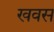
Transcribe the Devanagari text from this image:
खवस